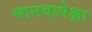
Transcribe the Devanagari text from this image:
मानवापेक्षा